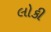
લોકી